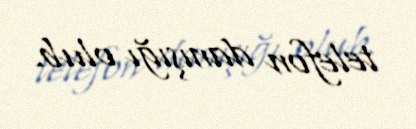
telefon danışığı olub.